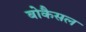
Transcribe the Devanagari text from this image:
बोकैसल